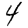
Digit: 4